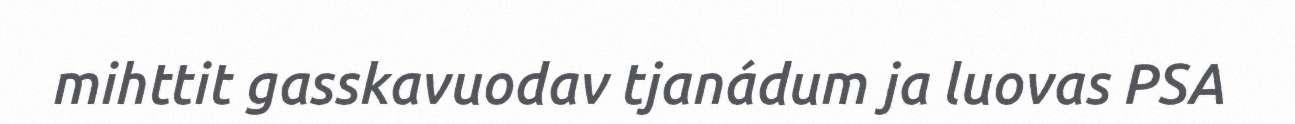
mihttit gasskavuodav tjanádum ja luovas PSA